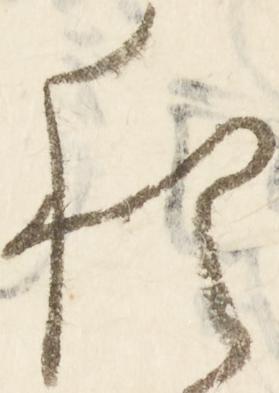
猶